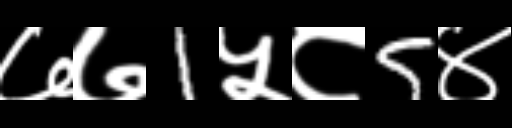
Text: ७७1५८5४